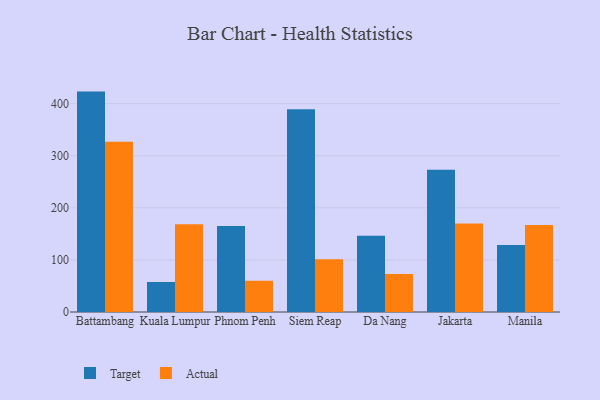
{"axis": {"x": "City", "y": "Latency (ms)"}, "legend": ["Actual", "Target"], "data": [{"x": "Battambang", "y": 423.1, "type": "Target"}, {"x": "Battambang", "y": 326.8, "type": "Actual"}, {"x": "Kuala Lumpur", "y": 57.6, "type": "Target"}, {"x": "Kuala Lumpur", "y": 168.5, "type": "Actual"}, {"x": "Phnom Penh", "y": 165.2, "type": "Target"}, {"x": "Phnom Penh", "y": 60.0, "type": "Actual"}, {"x": "Siem Reap", "y": 389.1, "type": "Target"}, {"x": "Siem Reap", "y": 101.5, "type": "Actual"}, {"x": "Da Nang", "y": 146.4, "type": "Target"}, {"x": "Da Nang", "y": 72.9, "type": "Actual"}, {"x": "Jakarta", "y": 273.1, "type": "Target"}, {"x": "Jakarta", "y": 169.8, "type": "Actual"}, {"x": "Manila", "y": 128.5, "type": "Target"}, {"x": "Manila", "y": 167.2, "type": "Actual"}]}